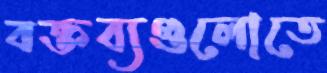
বক্তব্যগুলোতে